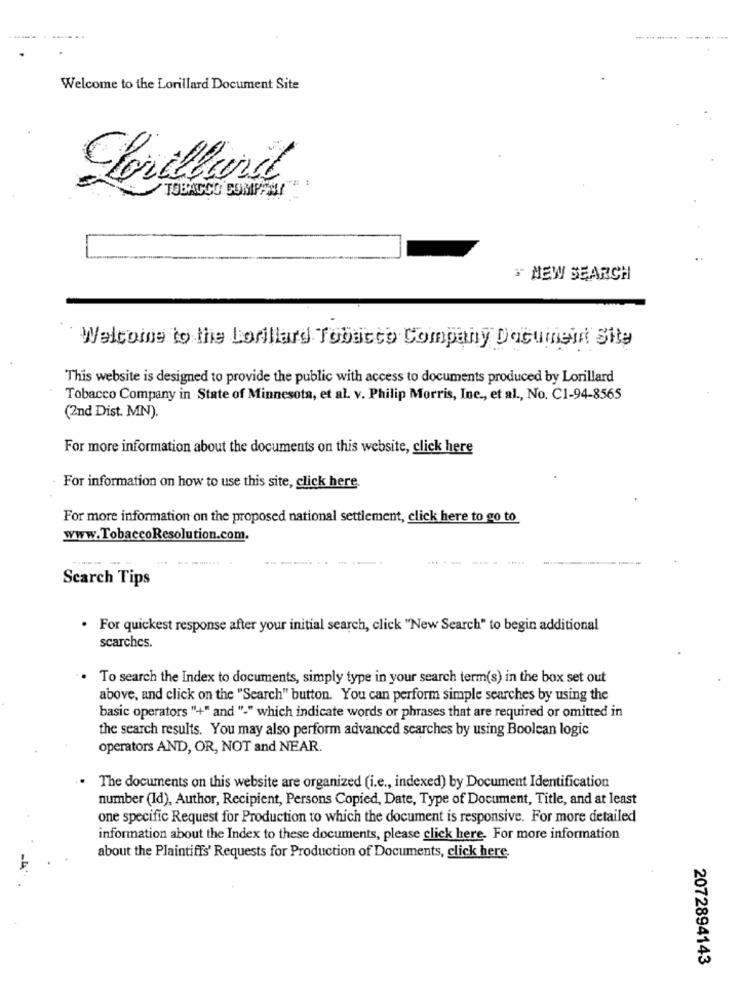
Welcome to the Lorillard Document Site
TOBACCO COMPANY
"" NEW SEARCH
Welcome to the Lorillard Tobacco Company Document Site
This website is designed to provide the public with access to documents produced by Lorillard
Tobacco Company in State of Minnesota, et al. v. Philip Morris, Inc ., et al ., No. C1-94-8565
(2nd Dist. MN).
For more information about the documents on this website, click here
For information on how to use this site, click here.
For more information on the proposed national settlement, click here to go to
www.TobaccoResolution.com.
--..
-----
Search Tips
. For quickest response after your initial search, click "New Search" to begin additional
scarches.
To search the Index to documents, simply type in your search term(s) in the box set out
above, and click on the "Search" button. You can perform simple searches by using the
basic operators "+" and "-" which indicate words or phrases that are required or omitted in
the search results. You may also perform advanced searches by using Boolean logic
operators AND, OR, NOT and NEAR.
The documents on this website are organized (i.e ., indexed) by Document Identification
number (Id), Author, Recipient, Persons Copied, Date, Type of Document, Title, and at least
one specific Request for Production to which the document is responsive. For more detailed
information about the Index to these documents, please click here. For more information
about the Plaintiffs' Requests for Production of Documents, click here.
2072894143